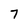
Character: 7